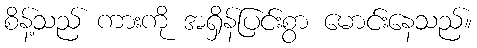
စိန့်သည် ကားကို အရှိန်ပြင်းစွာ မောင်းနေသည်။